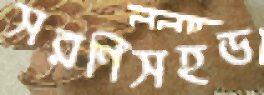
সরণিসহড